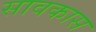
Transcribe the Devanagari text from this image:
सावकास